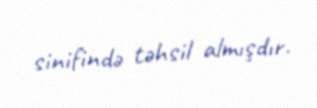
sinifində təhsil almışdır.